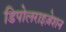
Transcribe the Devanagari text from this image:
डिपोलराइज़ेशन